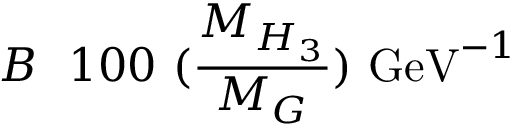
B ~ \l ~ 1 0 0 ~ ( \frac { M _ { H _ { 3 } } } { M _ { G } } ) ~ \mathrm { G e V } ^ { - 1 }